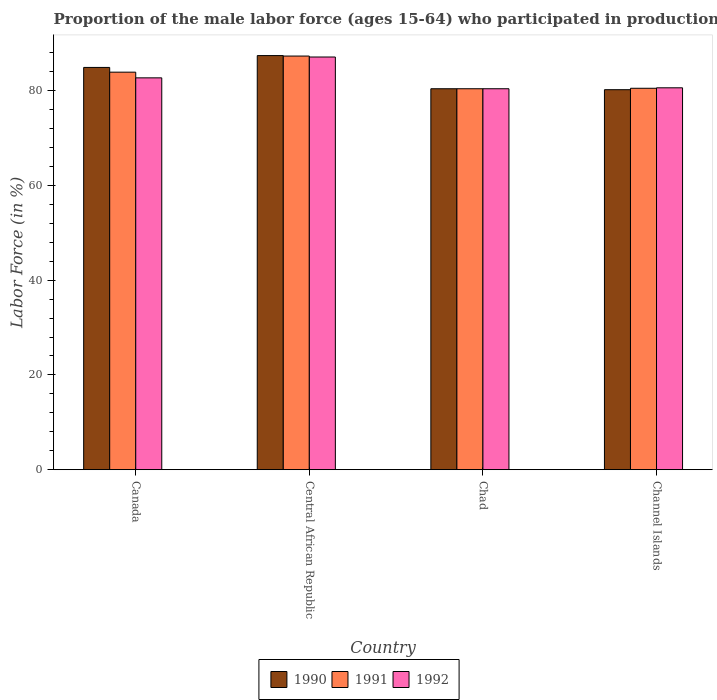
| Country | 1990 | 1991 | 1992 |
 | --- | --- | --- | --- |
 | Canada | 84.9 | 83.9 | 82.7 |
 | Central African Republic | 87.4 | 87.3 | 87.1 |
 | Chad | 80.4 | 80.4 | 80.4 |
 | Channel Islands | 80.2 | 80.5 | 80.6 |